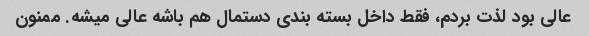
عالی بود لذت بردم، فقط داخل بسته بندی دستمال هم باشه عالی میشه. ممنون